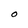
Character: O